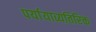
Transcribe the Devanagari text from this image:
पर्यायाव्यतिरिक्त